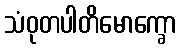
သံဝုတပါတိမောက္ခော